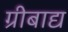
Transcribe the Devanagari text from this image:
ग्रीबाद्य